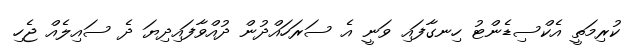
ކުރިމަތީ އެކްސިޑެންޓު ހިނގާފައި ވަނީ އެ ސަރަހައްދުން ދުއްވާފައިދިޔަ ދެ ސައިލެއް ޖެހި